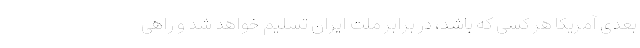
بعدی آمریکا هر کسی که باشد، در برابر ملت ایران تسلیم خواهد شد و راهی